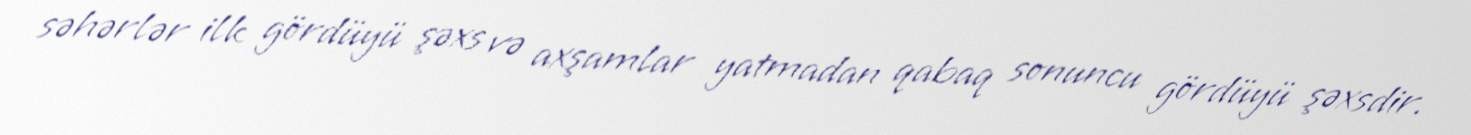
səhərlər ilk gördüyü şəxs və axşamlar yatmadan qabaq sonuncu gördüyü şəxsdir.